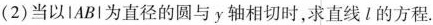
(2)当以|AB|为直径的圆与y轴相切时，求直线l的方程.